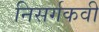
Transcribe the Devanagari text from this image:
निसर्गकवी